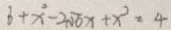
b + x ^ { 2 } - 2 \sqrt { 6 } x + x ^ { 2 } = 4